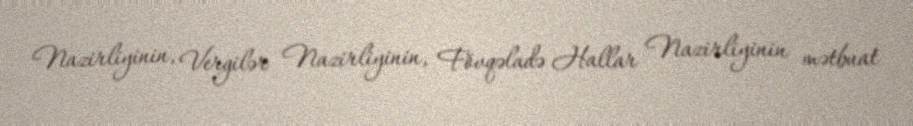
Nazirliyinin, Vergilər Nazirliyinin, Fövqəladə Hallar Nazirliyinin mətbuat